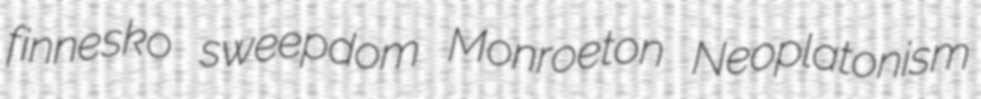
finnesko sweepdom Monroeton Neoplatonism